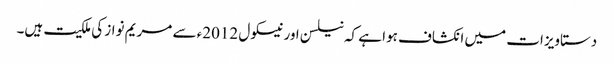
دستاویزات میں انکشاف ہوا ہے کہ نیلسن اور نیسکول 2012ء سے مریم نواز کی ملکیت ہیں۔